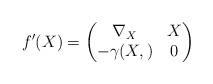
LaTeX: \begin{align*} f'(X) = \begin{pmatrix} \nabla_X & X \\-\gamma(X, ) & 0 \end{pmatrix} \end{align*}